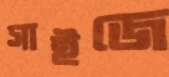
সাইজে